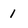
Character: 1